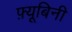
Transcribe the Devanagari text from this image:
फ़्यूबिनी